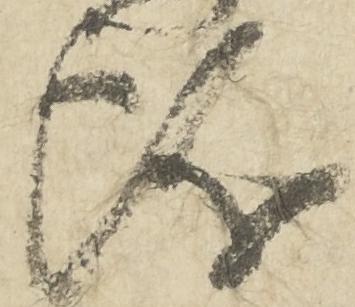
儀